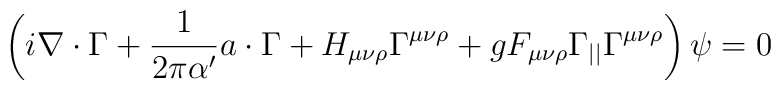
\left(i\nabla\cdot\Gamma+\frac{1}{2\pi\alpha'}a\cdot\Gamma+H_{\mu\nu\rho}\Gamma^{\mu\nu\rho}+gF_{\mu\nu\rho}\Gamma_{||}\Gamma^{\mu\nu\rho}\right)\psi=0